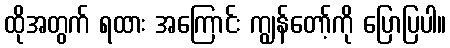
ထိုအတွက် ရထား အကြောင်း ကျွန်တော့်ကို ပြောပြပါ။